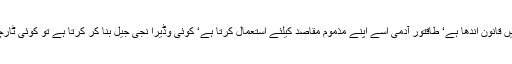
کیونکہ پوری دنیا میں قانون اندھا ہے‘ طاقتور آدمی اسے اپنے مذموم مقاصد کیلئے استعمال کرتا ہے‘ کوئی وڈیرا نجی جیل بنا کر کرتا ہے تو کوئی ٹارچر سیل کے ذریعے۔